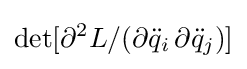
\det[\partial ^{2}L/(\partial {{\ddot {q}}_{i}}\,\partial {\ddot {q}}_{j})]